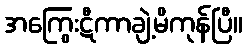
အကြွေးဋီကာချဲ့မိကုန်ပြီ။